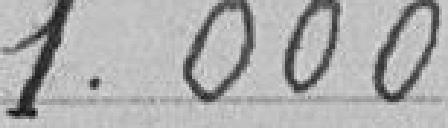
1.000 "